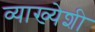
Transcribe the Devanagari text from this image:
व्याख्येशी